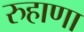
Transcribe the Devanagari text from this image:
रुहाणा